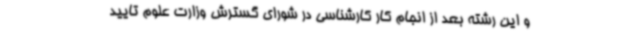
و این رشته بعد از انجام کار کارشناسی در شورای گسترش وزارت علوم تایید